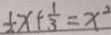
\frac { 1 } { 2 } x + \frac { 1 } { 3 } = x ^ { 2 }